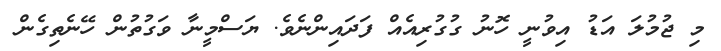
މި ޖުމުލަ އަޑު އިވުނީ ހޮނު ގުގުރިއެއް ފަދައިންނެވެ. ޔަސްމީނާ ވަގުތުން ހޭނެތިގެން